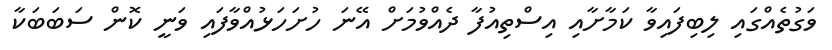
ވަގުތެއްގައި ލިބިފައިވާ ކަަމާށާއި އިސްތިއުފާ ދެއްވުމަށް އޭނަ ހުށަހަޅުއްވާފައި ވަނީ ކޮން ސަބަބަކާ